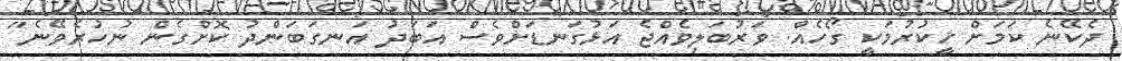
ދެކޭނެ ކަމަށް ހީކުރުމަކީ ގޯހެއް. ވަރުބަލިވެއްޖެ އަޅުގަނޑަށްވެސް އަބަދު އަނގަބަންދު ކޮށްގެން ނުހުރެވޭނެ"